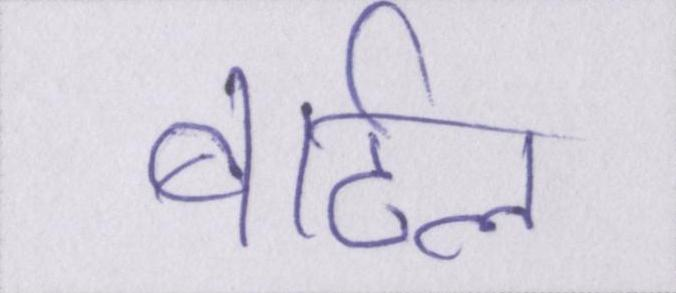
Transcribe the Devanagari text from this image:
बार्टल